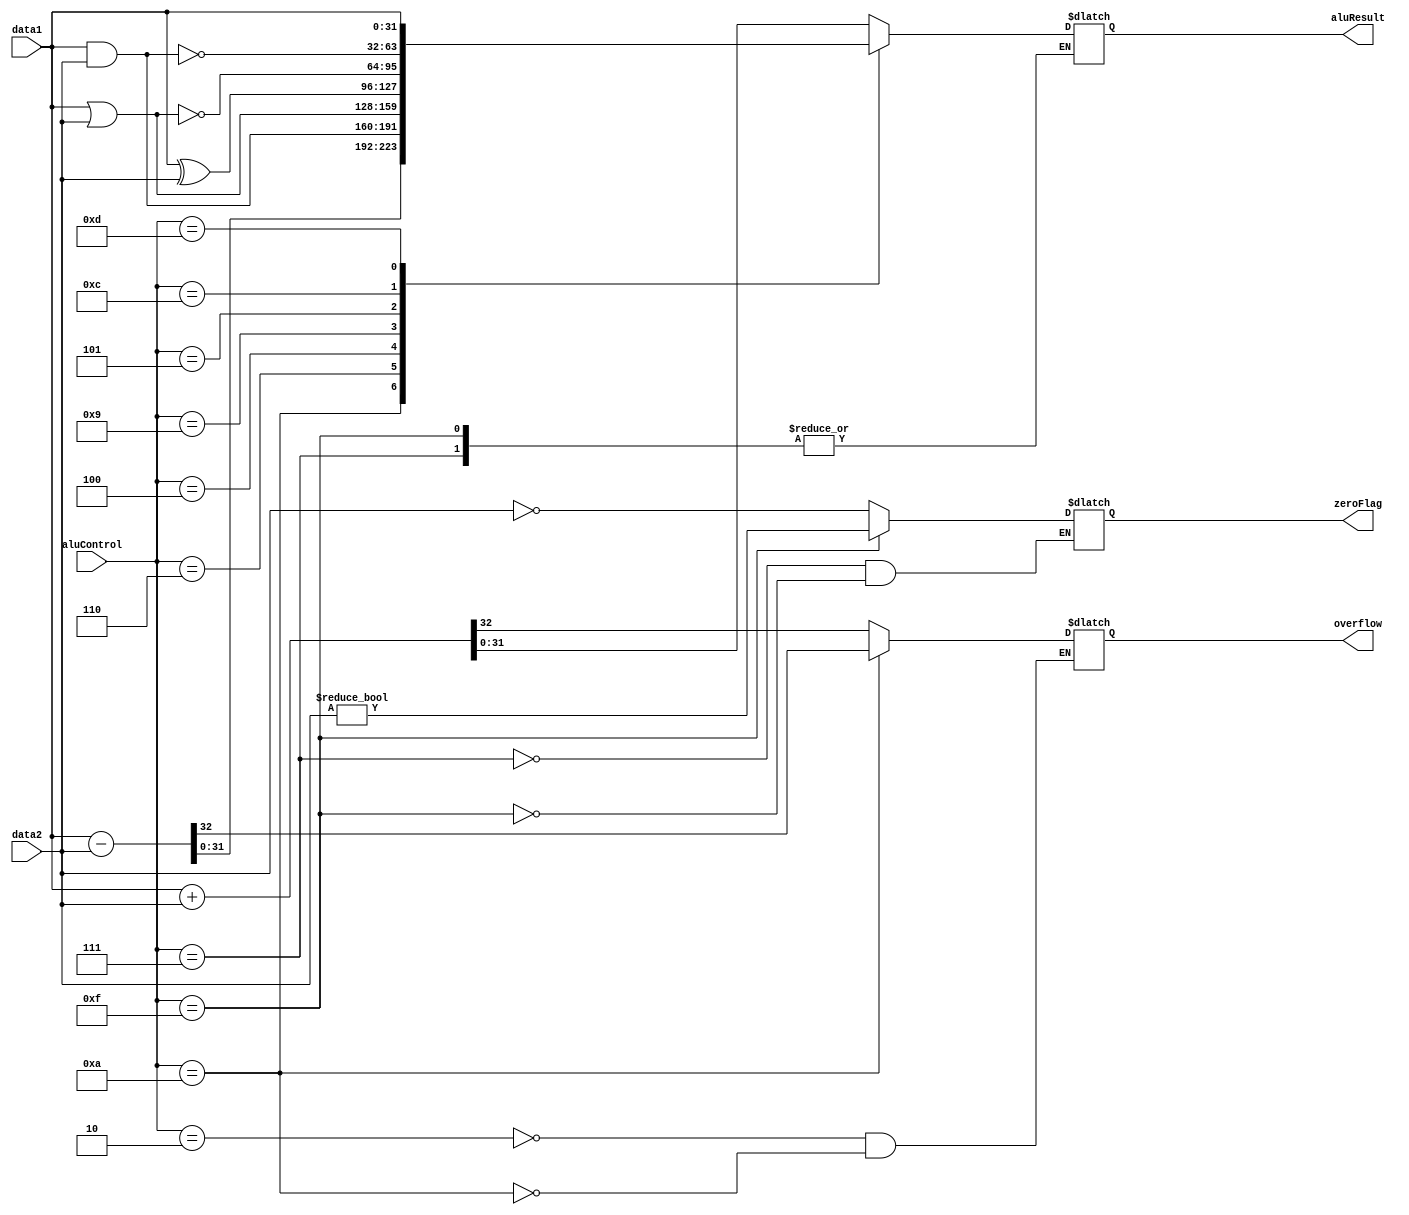
/*
 * Arithmetic Logic Unit. Takes in the aluControl in order to determine which mathematical operation to carry out
 * and returns the resultant of the calculation. If the ALUControl could not be mapped then outputs x's. 
 */


module ALU_m(
	output reg signed[31:0] aluResult, output reg overflow, output reg zeroFlag, 
	input[3:0] aluControl, input signed[31:0] data1, input signed[31:0] data2);

	always@* begin
		case(aluControl)
			
		4'b0010:	{overflow, aluResult} <= data1 + data2; 	//ADD, STUR, LDUR: For D-type instructions, add the immediate to the register to compute the address
		4'b1010:	{overflow, aluResult} <= data1 - data2;		//SUB
		4'b0111:	zeroFlag <= (data2 == 0); 					//CBZ: Compare data 2 to zero, set the zero flag to 1 if it is equal to zero
		4'b1111:	zeroFlag <= (data2 != 0);					//CBNZ: If data2 is not zero, set the zero flag to 1
		4'b0110:	aluResult <= data1 & data2;					//AND
		4'b0100:	aluResult <= data1 | data2;				 	//ORR
		4'b1001:	aluResult <= data1 ^ data2;			 		//EOR
		4'b0101:	aluResult <= ~(data1 | data2);				//NOR
		4'b1100:	aluResult <= ~(data1 & data2); 				//NAND
		4'b1101:	aluResult <= data1;					 		//MOV
		default: 	aluResult <= 32'bx;	 						//Default case

		endcase
	end
endmodule